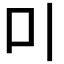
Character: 𠮝